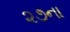
૨૭ના